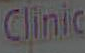
Clinic